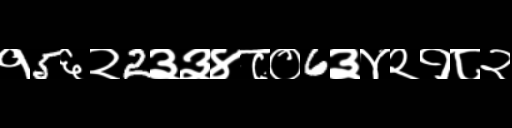
Text: १5६२2३३४८०6३४२१८२